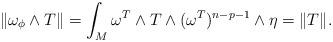
LaTeX: \begin{align*}\|\omega_\phi\wedge T\|=\int_M \omega^T\wedge T\wedge (\omega^{T})^{n-p-1}\wedge \eta=\|T\|. \end{align*}